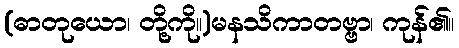
(ဓာတုယော၊ တို့ကို။)မနသိကာတဗ္ဗာ၊ ကုန်၏။